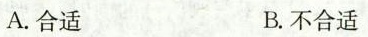
A.合适 B.不合适